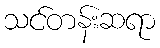
သင်တန်းဆရာ